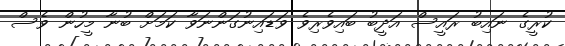
ކުރީގެ ނައިބު ރައީސް އަދީބު ބައިވެރިވެ ވަޑައިނުގަންނަވާ ކަމަށް ބުނާ މީހުން ވެސް